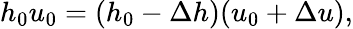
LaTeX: h_{0}u_{0}=(h_{0}-\Delta h)(u_{0}+\Delta u),